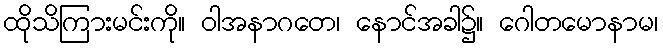
ထိုသိကြားမင်းကို။ ဝါအနာဂတေ၊ နောင်အခါ၌။ ဂေါတမောနာမ၊